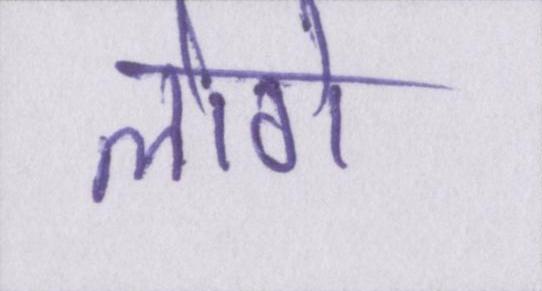
लोगे